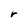
Character: r